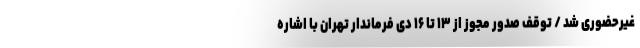
غیرحضوری شد / توقف صدور مجوز از ۱۳ تا ۱۶ دی فرماندار تهران با اشاره